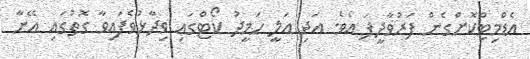
އެޑްމިޓްކޮށްގެން ފަރުވާދީފަ އެވެ. އަދި އަލީ ހަމީދު ކޯޓްގައި ވިދާޅުވެފައިވާ ގޮތުގައި އޭނާ